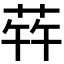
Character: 𬝀